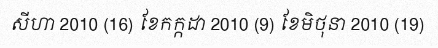
សីហា 2010 (16) ខែកក្កដា 2010 (9) ខែមិថុនា 2010 (19)